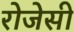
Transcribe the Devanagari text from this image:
रोजेसी